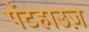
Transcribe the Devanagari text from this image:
पेंटहाउज़